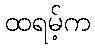
ထရမ့်က